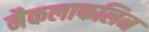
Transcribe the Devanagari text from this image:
मैकलाफलिन